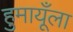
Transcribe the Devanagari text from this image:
हुमायूँला